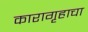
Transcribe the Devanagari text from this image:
कारागृहाचा